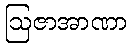
ဩဇာအာဏာ